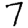
Digit: 7